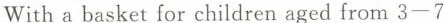
With a basket for children aged from 3-7